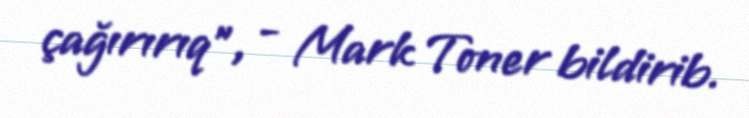
çağırırıq”, - Mark Toner bildirib.